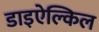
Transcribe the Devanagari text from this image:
डाइऐल्किल